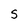
Character: S